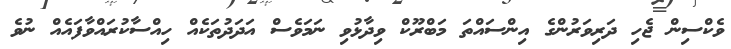
ވެކްސިން ޖެހި ދަރިވަރުންގެ އިންސައްތަ މަބްރޫކް ވިދާޅުވި ނަމަވެސް އަދަދުތަކެއް ހިއްސާކުރައްވާފައެއް ނުވެ